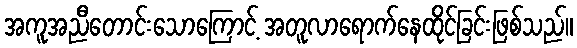
အကူအညီတောင်းသောကြောင့် အတူလာရောက်နေထိုင်ခြင်းဖြစ်သည်။